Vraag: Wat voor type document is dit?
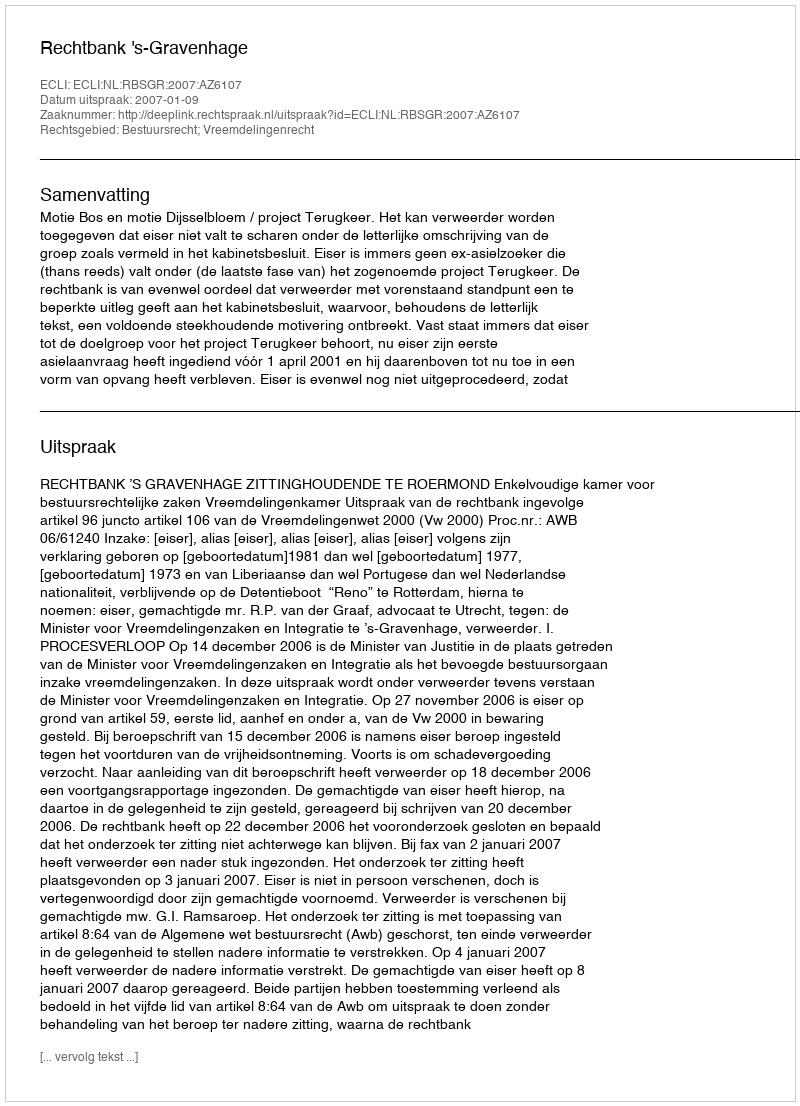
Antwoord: Uitspraak